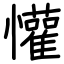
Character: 懽